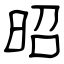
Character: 昭